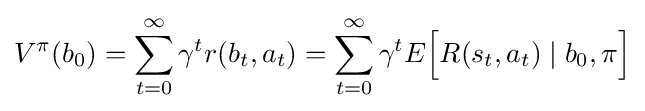
V^{\pi }(b_{0})=\sum _{t=0}^{\infty }\gamma ^{t}r(b_{t},a_{t})=\sum _{t=0}^{\infty }\gamma ^{t}E{\Bigl [}R(s_{t},a_{t})\mid b_{0},\pi {\Bigr ]}